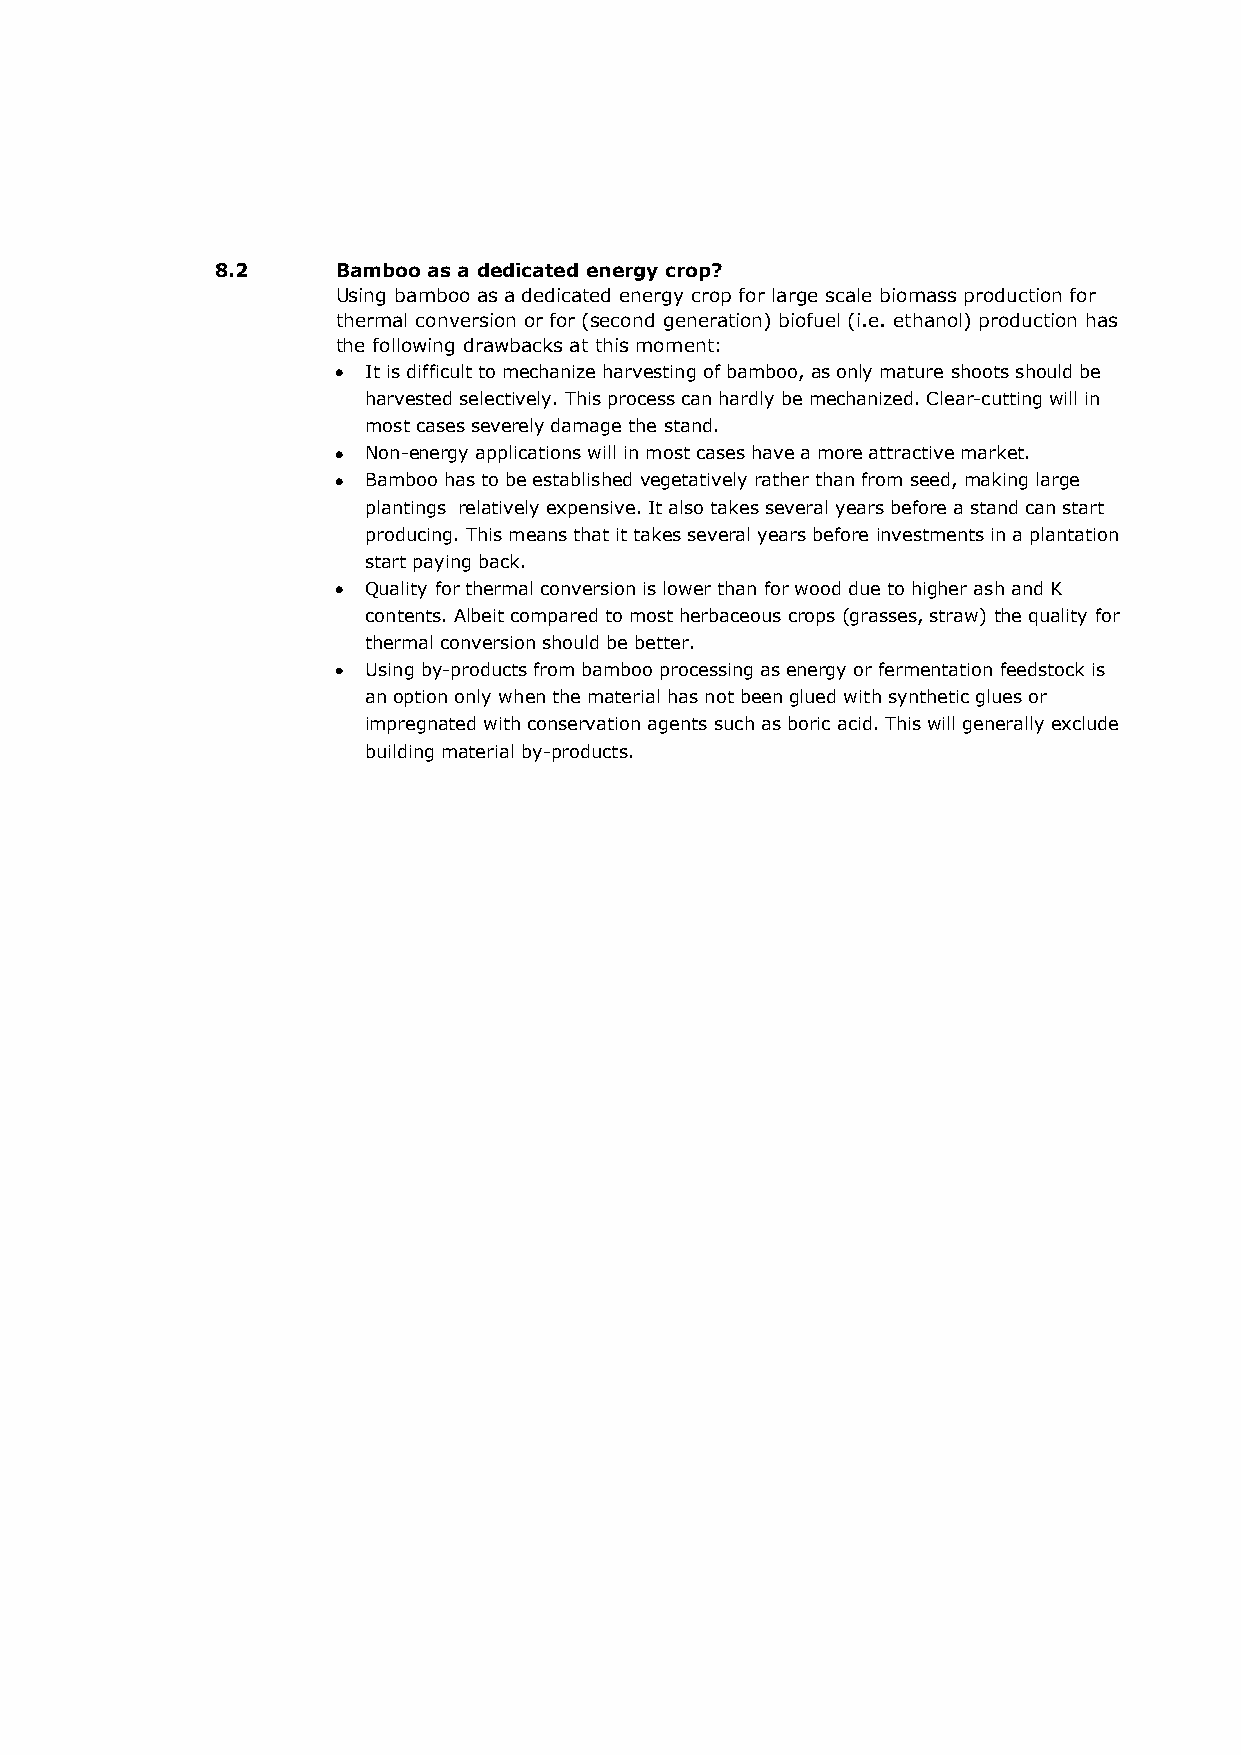
8.2     Bamboo as a dedicated energy crop?
 Using bamboo as a dedicated energy crop for large scale biomass production for
 thermal conversion or for (second generation) biofuel (i.e. ethanol) production has
 the following drawbacks at this moment:
 It is difficult to mechanize harvesting of bamboo, as only mature shoots should be
 harvested selectively. This process can hardly be mechanized. Clear-cutting will in
 most cases severely damage the stand.
 Non-energy applications will in most cases have a more attractive market.
 Bamboo has to be established vegetatively rather than from seed, making large
 plantings relatively expensive. It also takes several years before a stand can start
 producing. This means that it takes several years before investments in a plantation
 start paying back.
 Quality for thermal conversion is lower than for wood due to higher ash and K
 contents. Albeit compared to most herbaceous crops (grasses, straw) the quality for
 thermal conversion should be better.
 Using by-products from bamboo processing as energy or fermentation feedstock is
 an option only when the material has not been glued with synthetic glues or
 impregnated with conservation agents such as boric acid. This will generally exclude
 building material by-products.